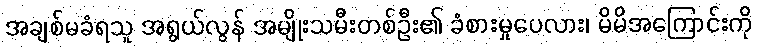
အချစ်မခံရသူ အရွယ်လွန် အမျိုးသမီးတစ်ဦး၏ ခံစားမှုပေလား၊ မိမိအကြောင်းကို